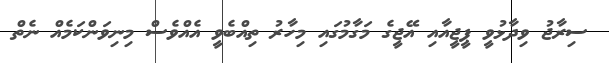
ސިރާޖު ވިދާޅުވީ ޕީޖީއާއި އޭޖީގެ މަގާމުގައި މިހާރު ތިއްބެވީ އެއްވެސް މިނިވަންކަމެއް ނެތް